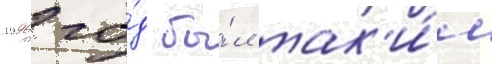
1996 го́д бы́л так'и́м